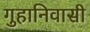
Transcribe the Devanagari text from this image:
गुहानिवासी